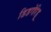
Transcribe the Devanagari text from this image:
डिडगेरिडू